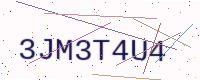
Text: 3JM3T4U4